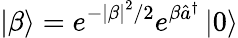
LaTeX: \left|\beta\right>=e^{-\left|\beta\right|^{2}/2}e^{\beta\hat{a}^{\dagger}}\left|0\right>